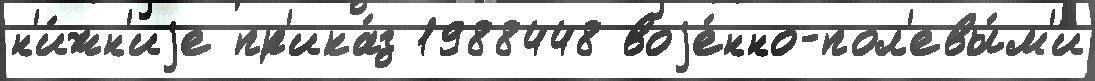
н'и́жн'иjе пр'ика́з 1988448 воjе́нно-пол'евы́м'и